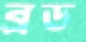
ব্রড